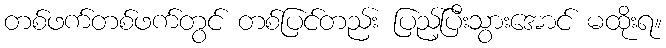
တစ်ဖက်တစ်ဖက်တွင် တစ်ပြင်တည်း ပြည့်ပြီးသွားအောင် မထိုးရ။